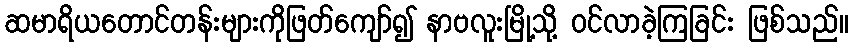
ဆမာရိယတောင်တန်းများကိုဖြတ်ကျော်၍ နာဗလူးမြို့သို့ ဝင်လာခဲ့ကြခြင်း ဖြစ်သည်။